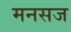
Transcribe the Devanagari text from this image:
मनसज